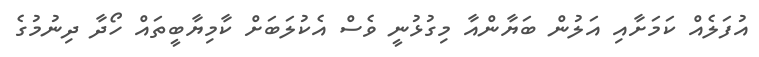
އުފަލެއް ކަަމަށާއި އަލުން ބަޔާންއާ މިގުޅުނީ ވެސް އެކުލަބަށް ކާމިޔާބީތައް ހޯދާ ދިނުމުގެ